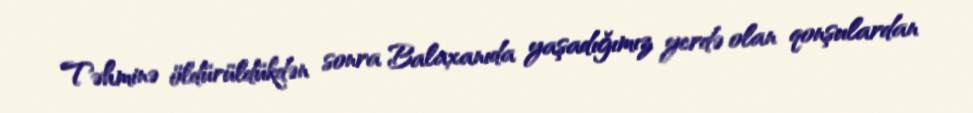
Təhminə öldürüldükdən sonra Balaxanıda yaşadığımız yerdə olan qonşulardan